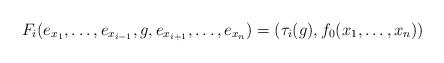
LaTeX: \begin{align*}F_i(e_{x_1},\ldots, e_{x_{i-1}}, g, e_{x_{i+1}},\ldots, e_{x_n})=(\tau_i(g), f_0(x_1,\ldots, x_n))\end{align*}